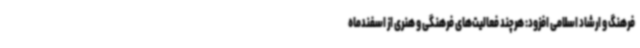
فرهنگ و ارشاد اسلامی افزود: هرچند فعالیت‌های فرهنگی و هنری از اسفندماه